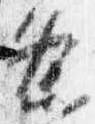
条